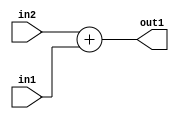
`timescale 1ps / 1ps
/*****************************************************************************
    Verilog RTL Description
    
    
    Created by: Stratus DpOpt 2019.1.01 
*******************************************************************************/

module SobelFilter_Add_10Ux9U_11U_4 (
	in2,
	in1,
	out1
	); /* architecture "behavioural" */ 
input [9:0] in2;
input [8:0] in1;
output [10:0] out1;
wire [10:0] asc001;

assign asc001 = 
	+(in2)
	+(in1);

assign out1 = asc001;
endmodule

/* CADENCE  ubHwTg8= : u9/ySgnWtBlWxVPRXgAZ4Og= ** DO NOT EDIT THIS LINE ******/